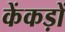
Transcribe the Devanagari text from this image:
केंकड़ों